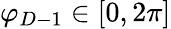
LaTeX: \varphi_{D-1}\in[0,2\pi]